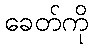
ခေတ်ကို